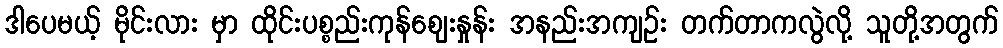
ဒါပေမယ့် မိုင်းလား မှာ ထိုင်းပစ္စည်းကုန်ဈေးနှုန်း အနည်းအကျဉ်း တက်တာကလွဲလို့ သူတို့အတွက်